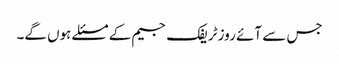
جس سے آئے روز ٹریفک جیم کے مسئلے ہوں گے۔